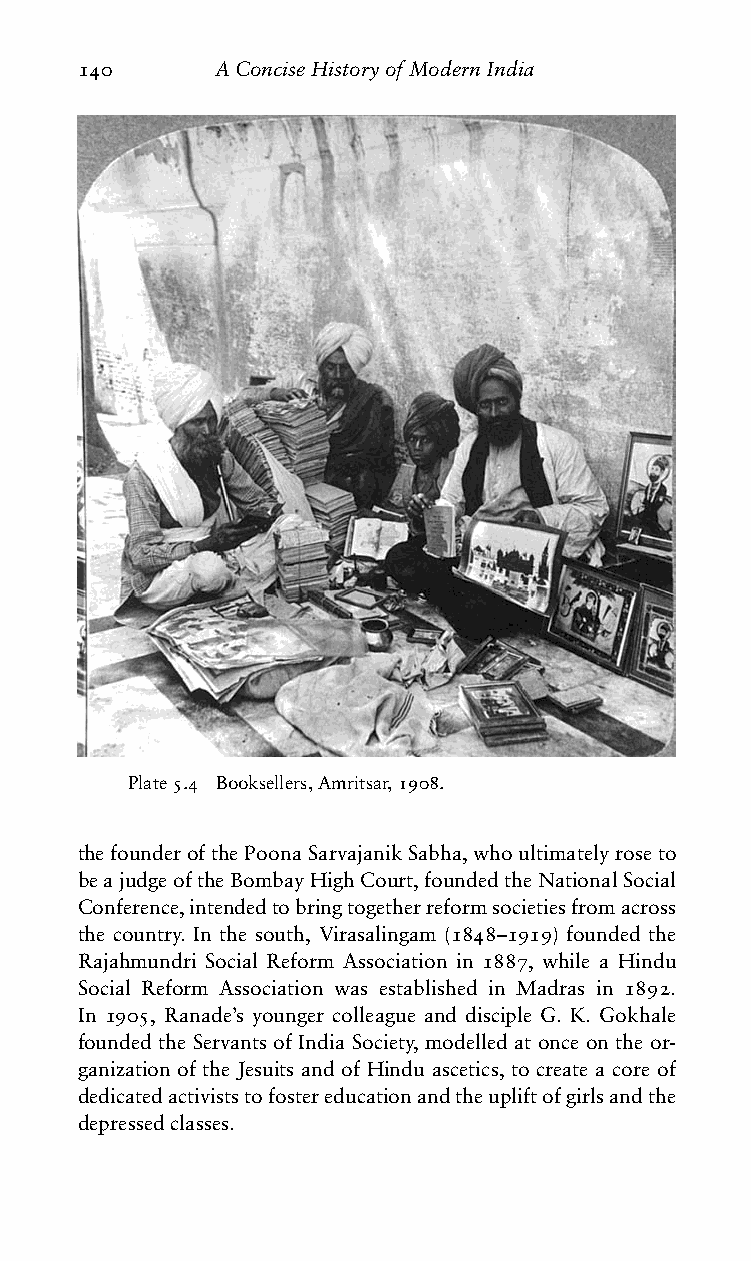
140      AConciseHistoryofModernIndia
 Plate5.4 Booksellers,Amritsar,1908.
 thefounderofthePoonaSarvajanikSabha,whoultimatelyroseto
 beajudgeoftheBombayHighCourt,foundedtheNationalSocial
 Conference,intendedtobringtogetherreformsocietiesfromacross
 the country. In the south, Virasalingam (1848–1919) founded the
 Rajahmundri Social Reform Association in 1887, while a Hindu
 Social Reform Association was established in Madras in 1892.
 In 1905, Ranade’s younger colleague and disciple G. K. Gokhale
 founded the Servants of India Society, modelled at once on the or-
 ganization of the Jesuits and of Hindu ascetics, to create a core of
 dedicatedactiviststofostereducationandtheupliftofgirlsandthe
 depressedclasses.